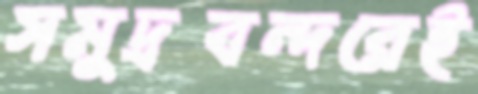
সমুদ্রবন্দরেই